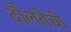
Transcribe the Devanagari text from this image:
दौलतेची